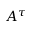
A ^ { \tau }